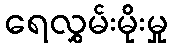
ရေလွှမ်းမိုးမှု